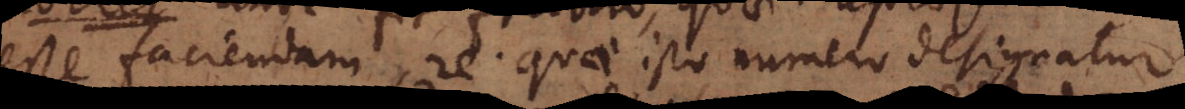
esse faciendam, re quae isto numero designatur